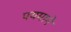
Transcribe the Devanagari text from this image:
पयमाने